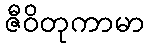
ဇီဝိတုကာမာ